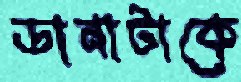
ডানাটাকে